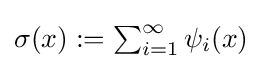
{\textstyle \sigma (x):=\sum _{i=1}^{\infty }\psi _{i}(x)}